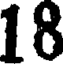
18